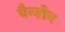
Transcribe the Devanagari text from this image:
बैन्ज़ीन